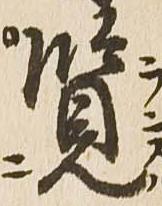
覧